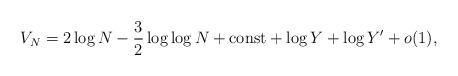
LaTeX: \begin{align*}V_N = 2\log N-\frac{3}{2}\log\log N+{\rm const}+ \log Y+\log Y'+o(1),\end{align*}